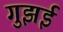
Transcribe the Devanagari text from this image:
गुझई